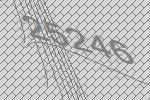
25246